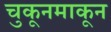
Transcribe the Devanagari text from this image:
चुकूनमाकून